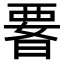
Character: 𭦫